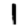
Digit: 1